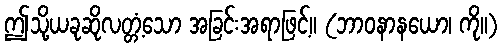
ဤသို့ယခုဆိုလတ္တံ့သော အခြင်းအရာဖြင့်။ (ဘာဝနာနယော၊ ကို။)